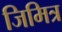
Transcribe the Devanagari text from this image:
जिमित्र